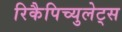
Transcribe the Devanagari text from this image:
रिकैपिच्युलेट्स